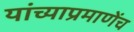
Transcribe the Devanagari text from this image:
यांच्याप्रमाणेंच